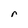
Character: r